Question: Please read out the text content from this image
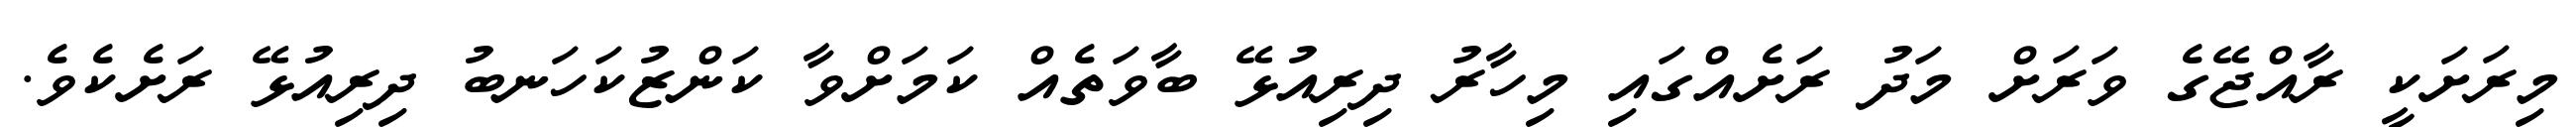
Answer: މިރަށަކީ ރާއްޖޭގެ ވަރަށް މަދު ރަށެއްގައި މިހާރު ދިރިއުޅޭ ބާވަތެއް ކަމަށްވާ ކަންޒުކަހަނބު ދިރިއުޅޭ ރަށެކެވެ.